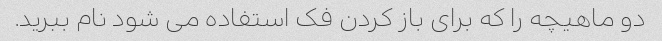
دو ماهیچه را که برای باز کردن فک استفاده می شود نام ببرید.